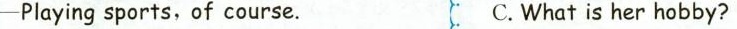
—Playing sports, of course. C.What is her hobby?